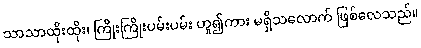
သာသာထိုးထိုး၊ ကြိုးကြိုးပမ်းပမ်း ဟူ၍ကား မရှိသလောက် ဖြစ်လေသည်။